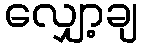
လျှော့ချ